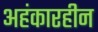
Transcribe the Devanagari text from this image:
अहंकारहीन